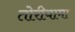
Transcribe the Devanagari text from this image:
तोरीयामा